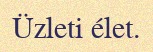
Üzleti élet.